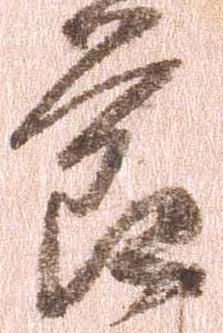
節